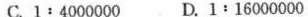
C.$$1 : 4 0 0 0 0 0 0$$ D.$$1 : 1 6 0 0 0 0 0 0$$